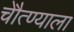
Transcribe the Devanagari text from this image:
चेौत्ण्याला